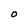
Character: O